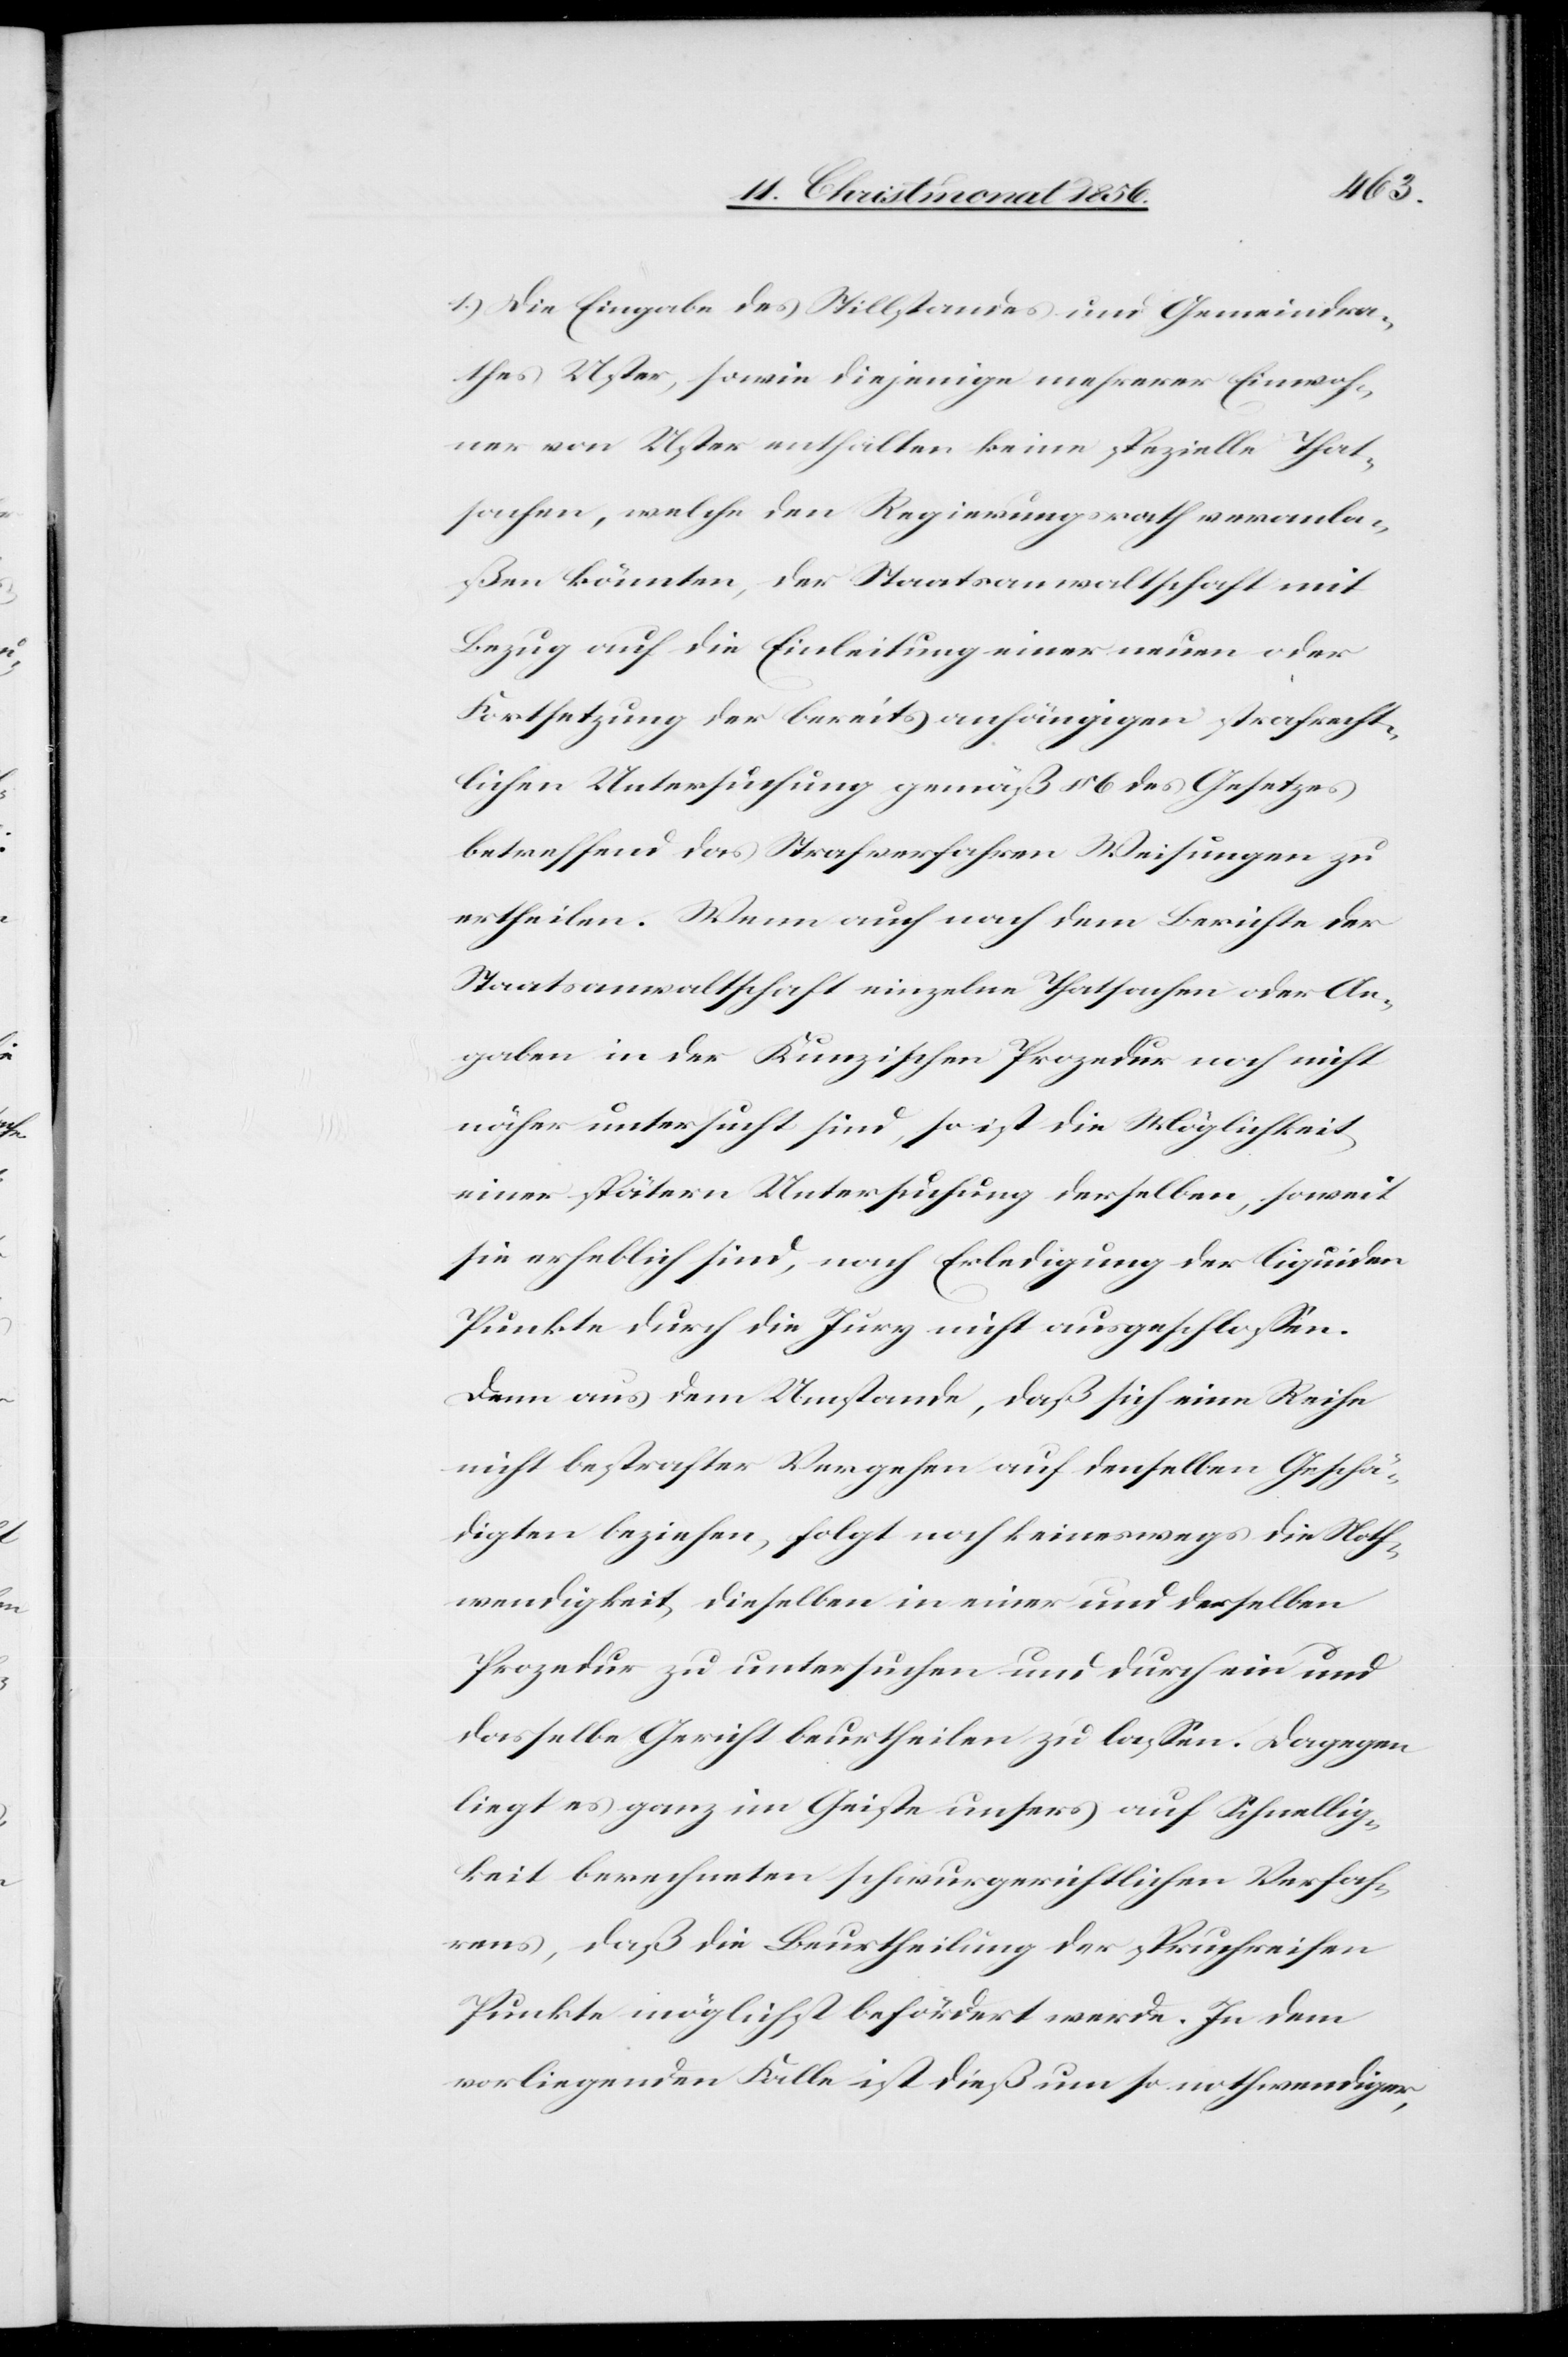
1.) Die Eingabe des Stillstandes und Gemeindra¬
thes Uster, sowie diejenige mehrerer Einwoh¬
ner von Uster enthalten keine spezielle That¬
sachen, welche den Regierungsrath veranla¬
ßen könnten, der Staatsanwaltschaft mit
Bezug auf die Einleitung einer neuen oder
Fortsetzung der bereits anhängigen strafrecht¬
lichen Untersuchung gemäß § 6 des Gesetzes
betreffend das Strafverfahren Weisungen zu
ertheilen. Wenn auch nach dem Berichte der
Staatsanwaltschaft einzelne Thatsachen oder An¬
gaben in der Kunzischen Prozedur noch nicht
näher untersucht sind, so ist die Möglichkeit
einer spätern Untersuchung derselben, soweit
sie erheblich sind, nach Erledigung der liquiden
Punkte durch die Jury nicht ausgeschlossen.
Denn aus dem Umstande, daß sich eine Reihe
nicht bestrafter Vergehen auf denselben Geschä¬
digten beziehen, folgt noch keineswegs die Noth¬
wendigkeit dieselben in einer und derselben
Prozedur zu untersuchen und durch ein und
dasselbe Gericht beurtheilen zu lassen. Dagegen
liegt es ganz im Geiste unsers auf Schnellig¬
keit berechneten schwurgerichtlichen Verfah¬
rens, daß die Beurtheilung der spruchreifen
Punkte möglichst befördert werde. In dem
vorliegenden Falle ist dieß um so nothwendiger,